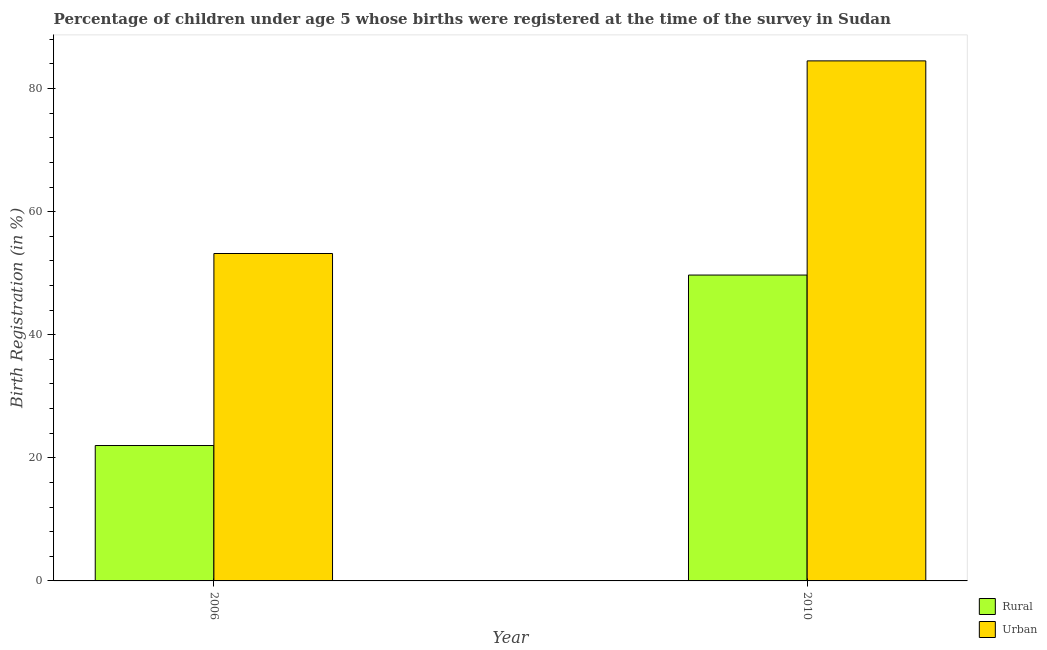
| Year | Rural | Urban |
 | --- | --- | --- |
 | 2006 | 22 | 53.2 |
 | 2010 | 49.7 | 84.5 |